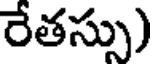
రేతస్సు)